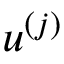
u ^ { ( j ) }